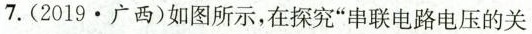
7.(2019.广西)如图所示，在探究”串联电路电压的关